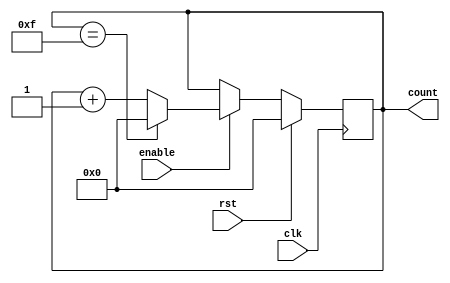
module BinaryCounter(
    input wire clk, // Clock input
    input wire rst, // Reset input
    input wire enable, // Enable input
    output reg [3:0] count // 4-bit counter output
);

// Internal logic
always @(posedge clk) begin
    if(rst) begin
        count <= 4'b0000; // Reset counter to 0
    end
    else if(enable) begin
        if(count == 4'b1111) begin
            count <= 4'b0000; // Reset counter when it reaches maximum count value
        end
        else begin
            count <= count + 1; // Increment counter by 1
        end
    end
end

endmodule